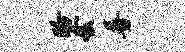
盼套普